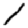
Digit: 1